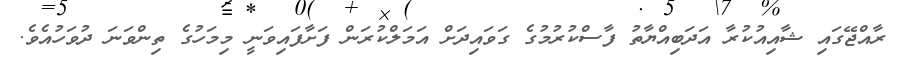
ރާއްޖޭގައި ޝާއިއުކުރާ އަދަބިއްޔާތު ފާސްކުރުމުގެ ގަވައިދަށް އަމަލްކުރަން ފަށާފައިވަނީ މިމަހުގެ ތިންވަނަ ދުވަހުއެވެ.